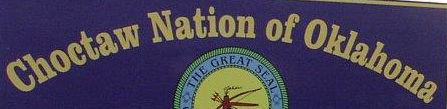
Choctaw Nation of Oklahoma